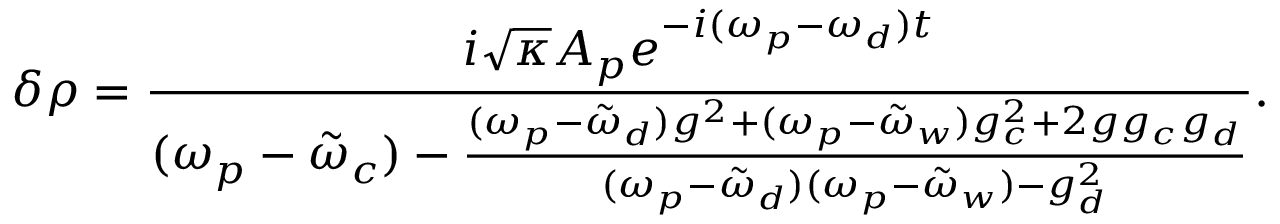
\delta \rho = \frac { i \sqrt { \kappa } A _ { p } e ^ { - i ( \omega _ { p } - \omega _ { d } ) t } } { ( \omega _ { p } - \tilde { \omega } _ { c } ) - \frac { ( \omega _ { p } - \tilde { \omega } _ { d } ) g ^ { 2 } + ( \omega _ { p } - \tilde { \omega } _ { w } ) g _ { c } ^ { 2 } + 2 g g _ { c } g _ { d } } { ( \omega _ { p } - \tilde { \omega } _ { d } ) ( \omega _ { p } - \tilde { \omega } _ { w } ) - g _ { d } ^ { 2 } } } .